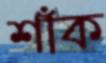
শাঁক